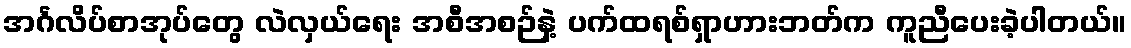
အင်္ဂလိပ်စာအုပ်တွေ လဲလှယ်ရေး အစီအစဉ်နဲ့ ပက်ထရစ်ရှာဟားဘတ်က ကူညီပေးခဲ့ပါတယ်။